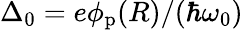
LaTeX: \Delta_{0}=e\phi_{\mathrm{p}}(R)/(\hbar\omega_{0})